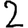
Digit: 2